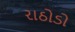
રાઠોડો